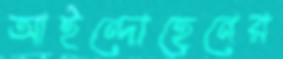
আইন্দোহেনের